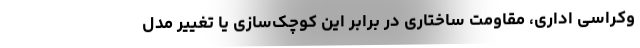
وکراسی اداری، مقاومت ساختاری در برابر این کوچک‌سازی یا تغییر مدل